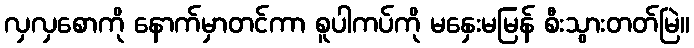
လှလှစောကို နောက်မှာတင်ကာ စူပါကပ်ကို မနှေးမမြန် စီးသွားတတ်မြဲ။